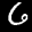
Label: 6